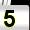
Digit: 5